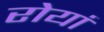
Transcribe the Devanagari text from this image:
रोयां